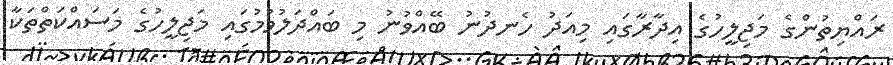
ރައްޔިތުންގެ މަޖިލީހުގެ އިދާރާގައި މިއަދު ހެނދުނު ބޭއްވުނު މި ބައްދަލުވުމުގައި މަޖިލީހުގެ މަސައްކަތްތަކާ